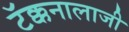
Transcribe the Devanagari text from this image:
टॅक्कनालाजी